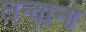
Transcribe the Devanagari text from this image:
तन्वाना